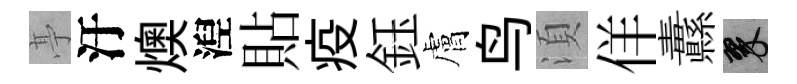
𠅘汙燠湼貼疫鈺膚鸟湏佯纛翠